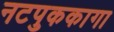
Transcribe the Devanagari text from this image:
नटपुककागा